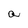
Character: a